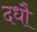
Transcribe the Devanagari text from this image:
दधौ